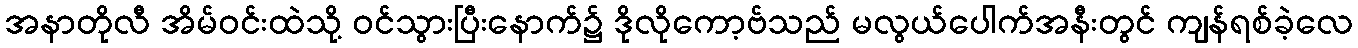
အနာတိုလီ အိမ်ဝင်းထဲသို့ ဝင်သွားပြီးနောက်၌ ဒိုလိုကော့ဗ်သည် မလွယ်ပေါက်အနီးတွင် ကျန်ရစ်ခဲ့လေ